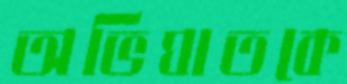
অভিঘাতকে